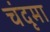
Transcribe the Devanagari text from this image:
चंदृमा